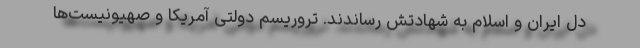
دل ایران و اسلام به شهادتش رساندند. تروریسم دولتی آمریکا و صهیونیست‌ها